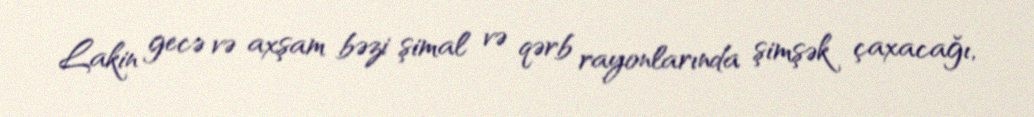
Lakin gecə və axşam bəzi şimal və qərb rayonlarında şimşək çaxacağı,